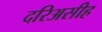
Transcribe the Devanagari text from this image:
दरिअसीह